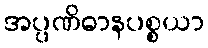
အပ္ပဏိဓာနပစ္စယာ